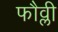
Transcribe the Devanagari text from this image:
फौव्ली